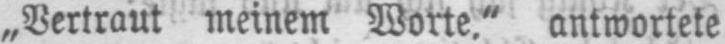
„Vertraut meinem Worte.“ antwortete